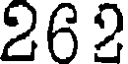
262